Report on vaccination in the Province of Bengal - 1874-1889
Year: 1874
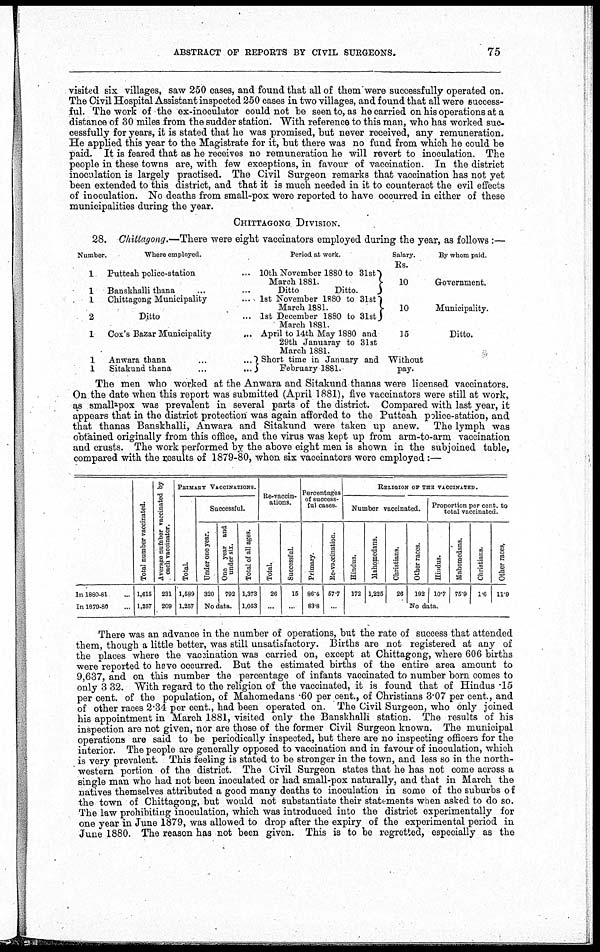
ABSTRACT OF REPORTS BY CIVIL SURGEONS.
75
visited six villages, saw 250 cases, and found that all of them were successfully operated on.
The Civil Hospital Assistant inspected 250 cases in two villages, and found that all were success-
ful. The work of the ex-inoculator could not be seen to, as he carried on his operations at a
distance of 30 miles from the sudder station. With reference to this man, who has worked suc-
cessfully for years, it is stated that he was promised, but never received, any remuneration.
He applied this year to the Magistrate for it, but there was no fund from which he could be
paid. It is feared that as he receives no remuneration he will revert to inoculation. The
people in these towns are, with few exceptions, in favour of vaccination. In the district
inoculation is largely practised. The Civil Surgeon remarks that vaccination has not yet
been extended to this district, and that it is much needed in it to counteract the evil effects
of inoculation. No deaths from small-pox were reported to have occurred in either of these
municipalities during the year.
CHITTAGONG DIVISION.
28. Chittagong.—There were eight vaccinators employed during the year, as follows :—
Number.
1
1
1
2
1
1
1
Where employed.
Putteah police-station... ...
Banskhalli thana... ...
Chittagong Municipality... ...
Ditto ...
Cox's Bazar Municipality
... ...
Anwara thana... ...
Sitakund
thana...
...
Period at work.
10th November 1880 to 31st
March 1881.
Ditto
Ditto.
1st November 1880 to 31st
March 1881.
1st December 1880 to 31st
March 1881.
April to 14th May 1880 and
29th Januaray to 31st
March 1881.
Short time in January and
February 1881.
Salary.
Rs.
10
10
15
Without
pay.
By whom paid.
Government.
Municipality.
Ditto.
The men who worked at the Anwara and Sitakund thanas were licensed vaccinators.
On the date when this report was submitted (April 1881), five vaccinators were still at work,
as small-pox was prevalent in several parts of the district. Compared with last year, it
appears that in the district protection was again afforded to the Putteah police-station, and
that thanas Banskhalli, Anwara and Sitakund were taken up anew. The lymph was
obtained originally from this office, and the virus was kept up from arm-to-arm vaccination
and crusts. The work performed by the above eight men is shown in the subjoined table,
compared with the results of 1879-80, when six vaccinators were employed:—
In 1880-81...
In 1879-80...
Total number vaccinated.
1,615
1,257
Average number vaccinated by
each vaccinator.
231
209
PRIMARY VACCINATIONS.
Total.
1,589
1,267
Successful.
Under one year.
320
One year and
under six.
792
No data.
Total of all ages.
1,373
1,053
Re-vaccin-
ations.
Total.
26
...
Successful.
15
...
Percentages
of success-
ful cases.
Primary.
86.4
83.8
Re-vaccination.
67.7
...
RELIGION OF THE VACCINATED.
Number vaccinated.
Hindus.
172
Mahomedans.
1,225
Christians.
26
Other races.
192
Proportion per cent. to
total vaccinated.
Hindus.
10.7
Mahomedans.
75.9
Christians.
1.6
Other races,
11.9
No data.
There was an advance in the number of operations, but the rate of success that attended
them, though a little better, was still unsatisfactory. Births are not registered at any of
the places where the vaccination was carried on, except at Chittagong, where 606 births
were reported to have occurred. But the estimated births of the entire area amount to
9,637, and on this number the percentage of infants vaccinated to number born comes to
only 3 32. With regard to the religion of the vaccinated, it is found that of Hindus .15
per cent. of the population, of Mahomedans .60 per cent., of Christians 3.07 per cent., and
of other races 2.34 per cent., had been operated on. The Civil Surgeon, who only joined
his appointment in March 1881, visited only the Banskhalli station. The results of his
inspection are not given, nor are those of the former Civil Surgeon known. The municipal
operations are said to be periodically inspected, but there are no inspecting officers for the
interior. The people are generally opposed to vaccination and in favour of inoculation, which
is very prevalent. This feeling is stated to be stronger in the town, and less so in the north-
western portion of the district. The Civil Surgeon states that he has not come across a
single man who had not been inoculated or had small-pox naturally, and that in March the
natives themselves attributed a good many deaths to inoculation in some of the suburbs of
the town of Chittagong, but would not substantiate their statements when asked to do so.
The law prohibiting inoculation, which was introduced into the district experimentally for
one year in June 1879, was allowed to drop after the expiry of the experimental period in
June 1880. The reason has not been given. This is to be regretted, especially as the